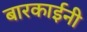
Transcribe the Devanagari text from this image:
बारकाईनी